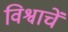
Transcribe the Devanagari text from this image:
विश्वाचें